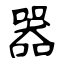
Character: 器